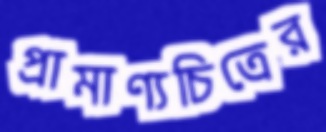
প্রামাণ্যচিত্রের